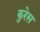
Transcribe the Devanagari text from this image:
कुरेस